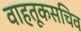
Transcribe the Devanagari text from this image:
वाहतूकसचिव